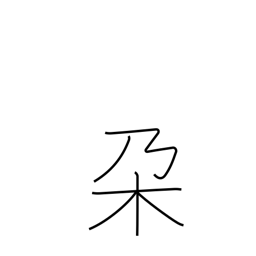
Meaning: branch